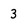
Character: 3